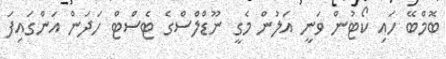
ބޮމްބޭ ހައި ކޯޓުން ވަނީ އަލުން މެގީ ނޫޑްލްސްގެ ޓެސްޓް ހަދަން އަންގައިފަ